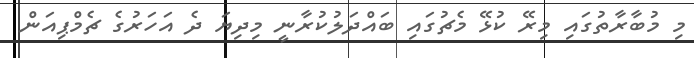
މި މުބާރާތުގައި މިރޭ ކުޅޭ މެޗުގައި ބައްދަލުކުރާނީ މިދިޔަ ދެ އަހަރުގެ ޗެމްޕިއަން